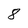
Character: 8